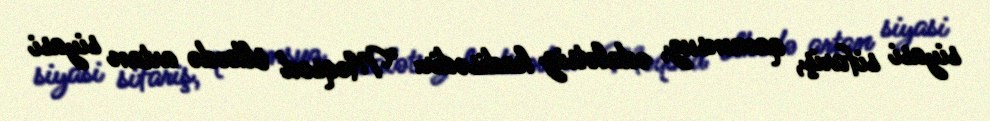
siyasi sifariş, qanunsuz, ədalətsiz hadisədir: “Məqsəd ölkədə artan siyasi